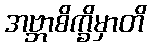
အဗ္ဘာစိက္ခိမှာတိ